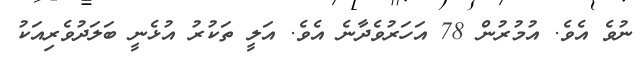
ނުވެ އެވެ. އުމުރުން 78 އަހަރުވެދާނެ އެވެ. އަލީ ތަކުރު އުޅެނީ ބަލަދުވެރިއަކު